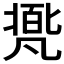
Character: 𠙩